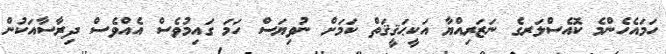
ހަމައެހެންމެ ކޮއެސްލަރގެ ނަޒަރިއްޔާ އަކީޙަޤީޤަތް ކަމަށް ނުވިޔަސް ހަމަ ގައިމުވެސް އެއްވެސް ދިރާސާއަކުން